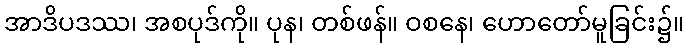
အာဒိပဒဿ၊ အစပုဒ်ကို။ ပုန၊ တစ်ဖန်။ ဝစနေ၊ ဟောတော်မူခြင်း၌။